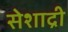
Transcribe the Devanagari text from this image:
सेशाद्री